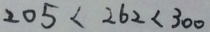
2 0 5 < 2 6 2 < 3 0 0